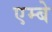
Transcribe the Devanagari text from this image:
एम्बे